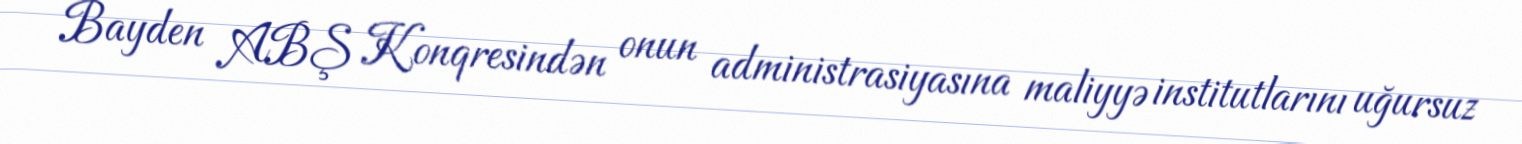
Bayden ABŞ Konqresindən onun administrasiyasına maliyyə institutlarını uğursuz